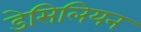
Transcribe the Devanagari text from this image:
डेसिलियन